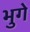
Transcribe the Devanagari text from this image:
भुगे